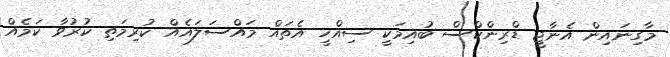
މާގިނައިން އެނާޖީ ޑްރިންކްސް ބުއިމަކީ ސިއްހީ އެތައް މައްސަލައެއް ކުރިމަތި ކުރުވާ ކަމެއް